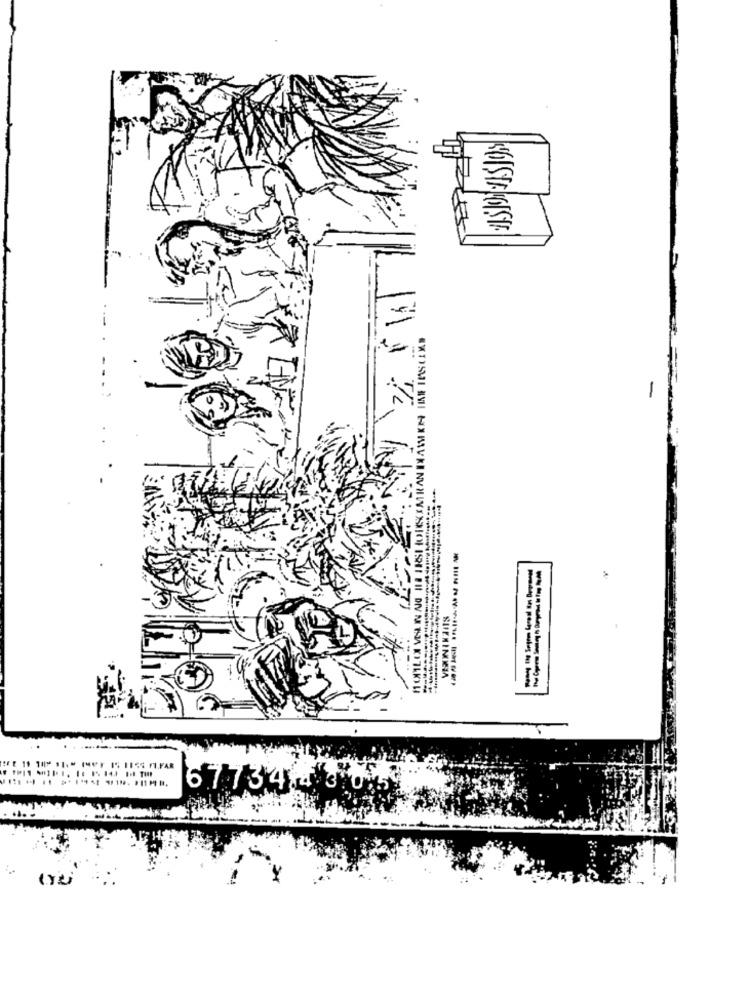
KOŞTAKOŞİ.
-------
-------
:FE 19 10" 11:" 1991 15 1155 FI.FAR
67734